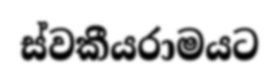
ස්වකීයරාමයට